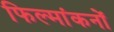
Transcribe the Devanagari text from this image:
फिल्मांकनों